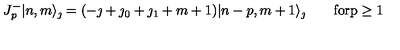
J _ { p } ^ { - } | n , m \rangle _ { \jmath } = ( - \jmath + \jmath _ { 0 } + \jmath _ { 1 } + m + 1 ) | n - p , m + 1 \rangle _ { \jmath } \qquad \mathrm { f o r p \geq 1 }